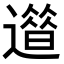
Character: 𨗀